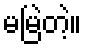
မမြဲတဲ့။